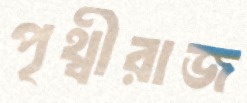
পৃথ্বীরাজ